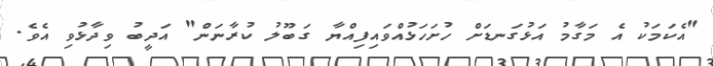
"އެކަމަކު އެ މަގާމު އަޅުގަނޑަށް ހުށަހަޅުއްވައިފިއްޔާ ގަބޫލު ކުރާނަން" އަދީބު ވިދާޅުވި އެވެ.